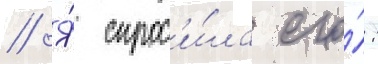
// Я́ спрос'и́ла его́: